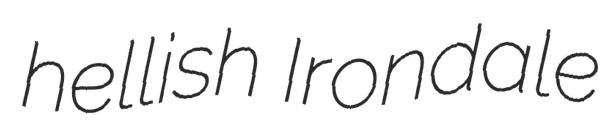
hellish Irondale